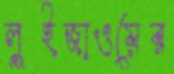
লুইজাওয়ের